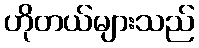
ဟိုတယ်များသည်